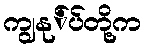
ကျွနု်ပ်တို့က